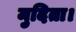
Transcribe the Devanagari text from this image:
मुदिता।